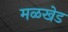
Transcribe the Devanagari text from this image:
मळखेड